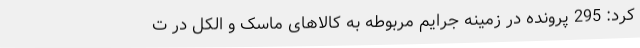
کرد: 295 پرونده در زمینه جرایم مربوطه به کالاهای ماسک و الکل در ت